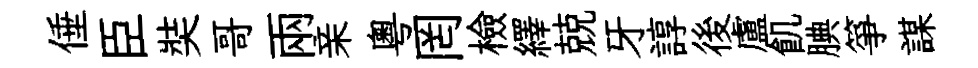
倕臣奘哥兩亲粵罔檢繹兢牙諄後盧飢腆箏謀